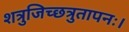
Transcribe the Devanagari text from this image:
शत्रुजिच्छत्रुतापनः।